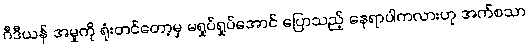
ဂီဒီယန် အမှုကို ရုံးတင်တော့မှ မရှုပ်ရှုပ်အောင် ပြောသည့် နေရာပါကလားဟု အက်စသာ